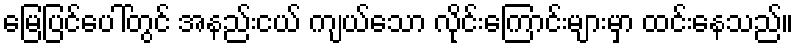
မြေပြင်ပေါ်တွင် အနည်းငယ် ကျယ်သော လိုင်းကြောင်းများမှာ ထင်းနေသည်။